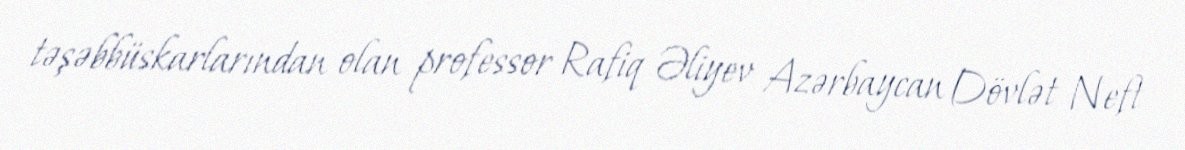
təşəbbüskarlarından olan professor Rafiq Əliyev Azərbaycan Dövlət Neft